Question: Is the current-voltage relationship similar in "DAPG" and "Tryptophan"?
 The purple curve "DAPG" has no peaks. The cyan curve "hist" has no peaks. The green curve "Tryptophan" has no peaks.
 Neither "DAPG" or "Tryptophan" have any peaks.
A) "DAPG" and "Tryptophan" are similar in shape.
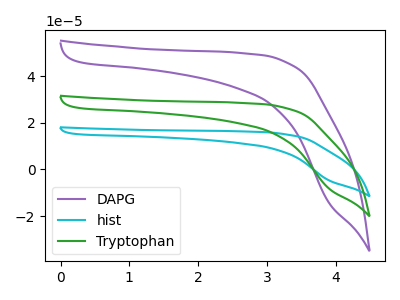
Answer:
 <answer>A) "DAPG" and "Tryptophan" are similar in shape.</answer>
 <eval>A</eval>